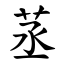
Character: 䒱